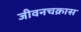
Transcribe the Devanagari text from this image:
जीवनचक्रास